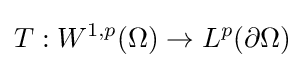
T:W^{1,p}(\Omega )\to L^{p}(\partial \Omega )